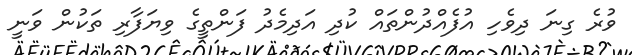
ވުރެ ގިނަ ދިވެހި އުފެއްދުންތައް ކުދި އަދިމެދު ފަންތީގެ ވިޔަފާރި ތަކުން ވަނީ